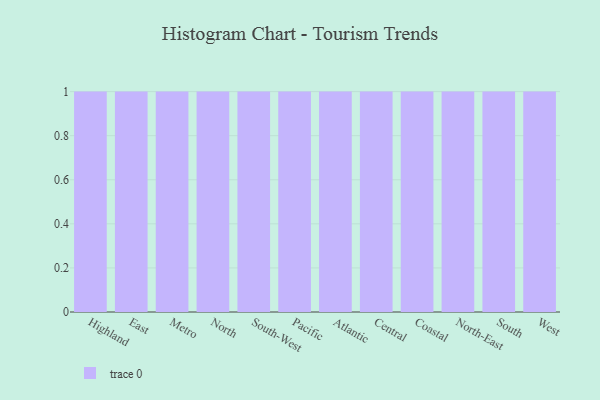
{"axis": {"x": "Region", "y": "Energy Usage (MWh)"}, "legend": [""], "data": [{"x": "Highland", "y": 12, "type": ""}, {"x": "East", "y": 39, "type": ""}, {"x": "Metro", "y": 37, "type": ""}, {"x": "North", "y": 20, "type": ""}, {"x": "South-West", "y": 9, "type": ""}, {"x": "Pacific", "y": 44, "type": ""}, {"x": "Atlantic", "y": 50, "type": ""}, {"x": "Central", "y": 57, "type": ""}, {"x": "Coastal", "y": 35, "type": ""}, {"x": "North-East", "y": 29, "type": ""}, {"x": "South", "y": 29, "type": ""}, {"x": "West", "y": 14, "type": ""}]}